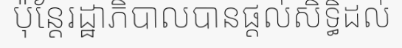
ប៉ុន្តែរដ្ឋាភិបាលបានផ្តល់សិទ្ធិដល់